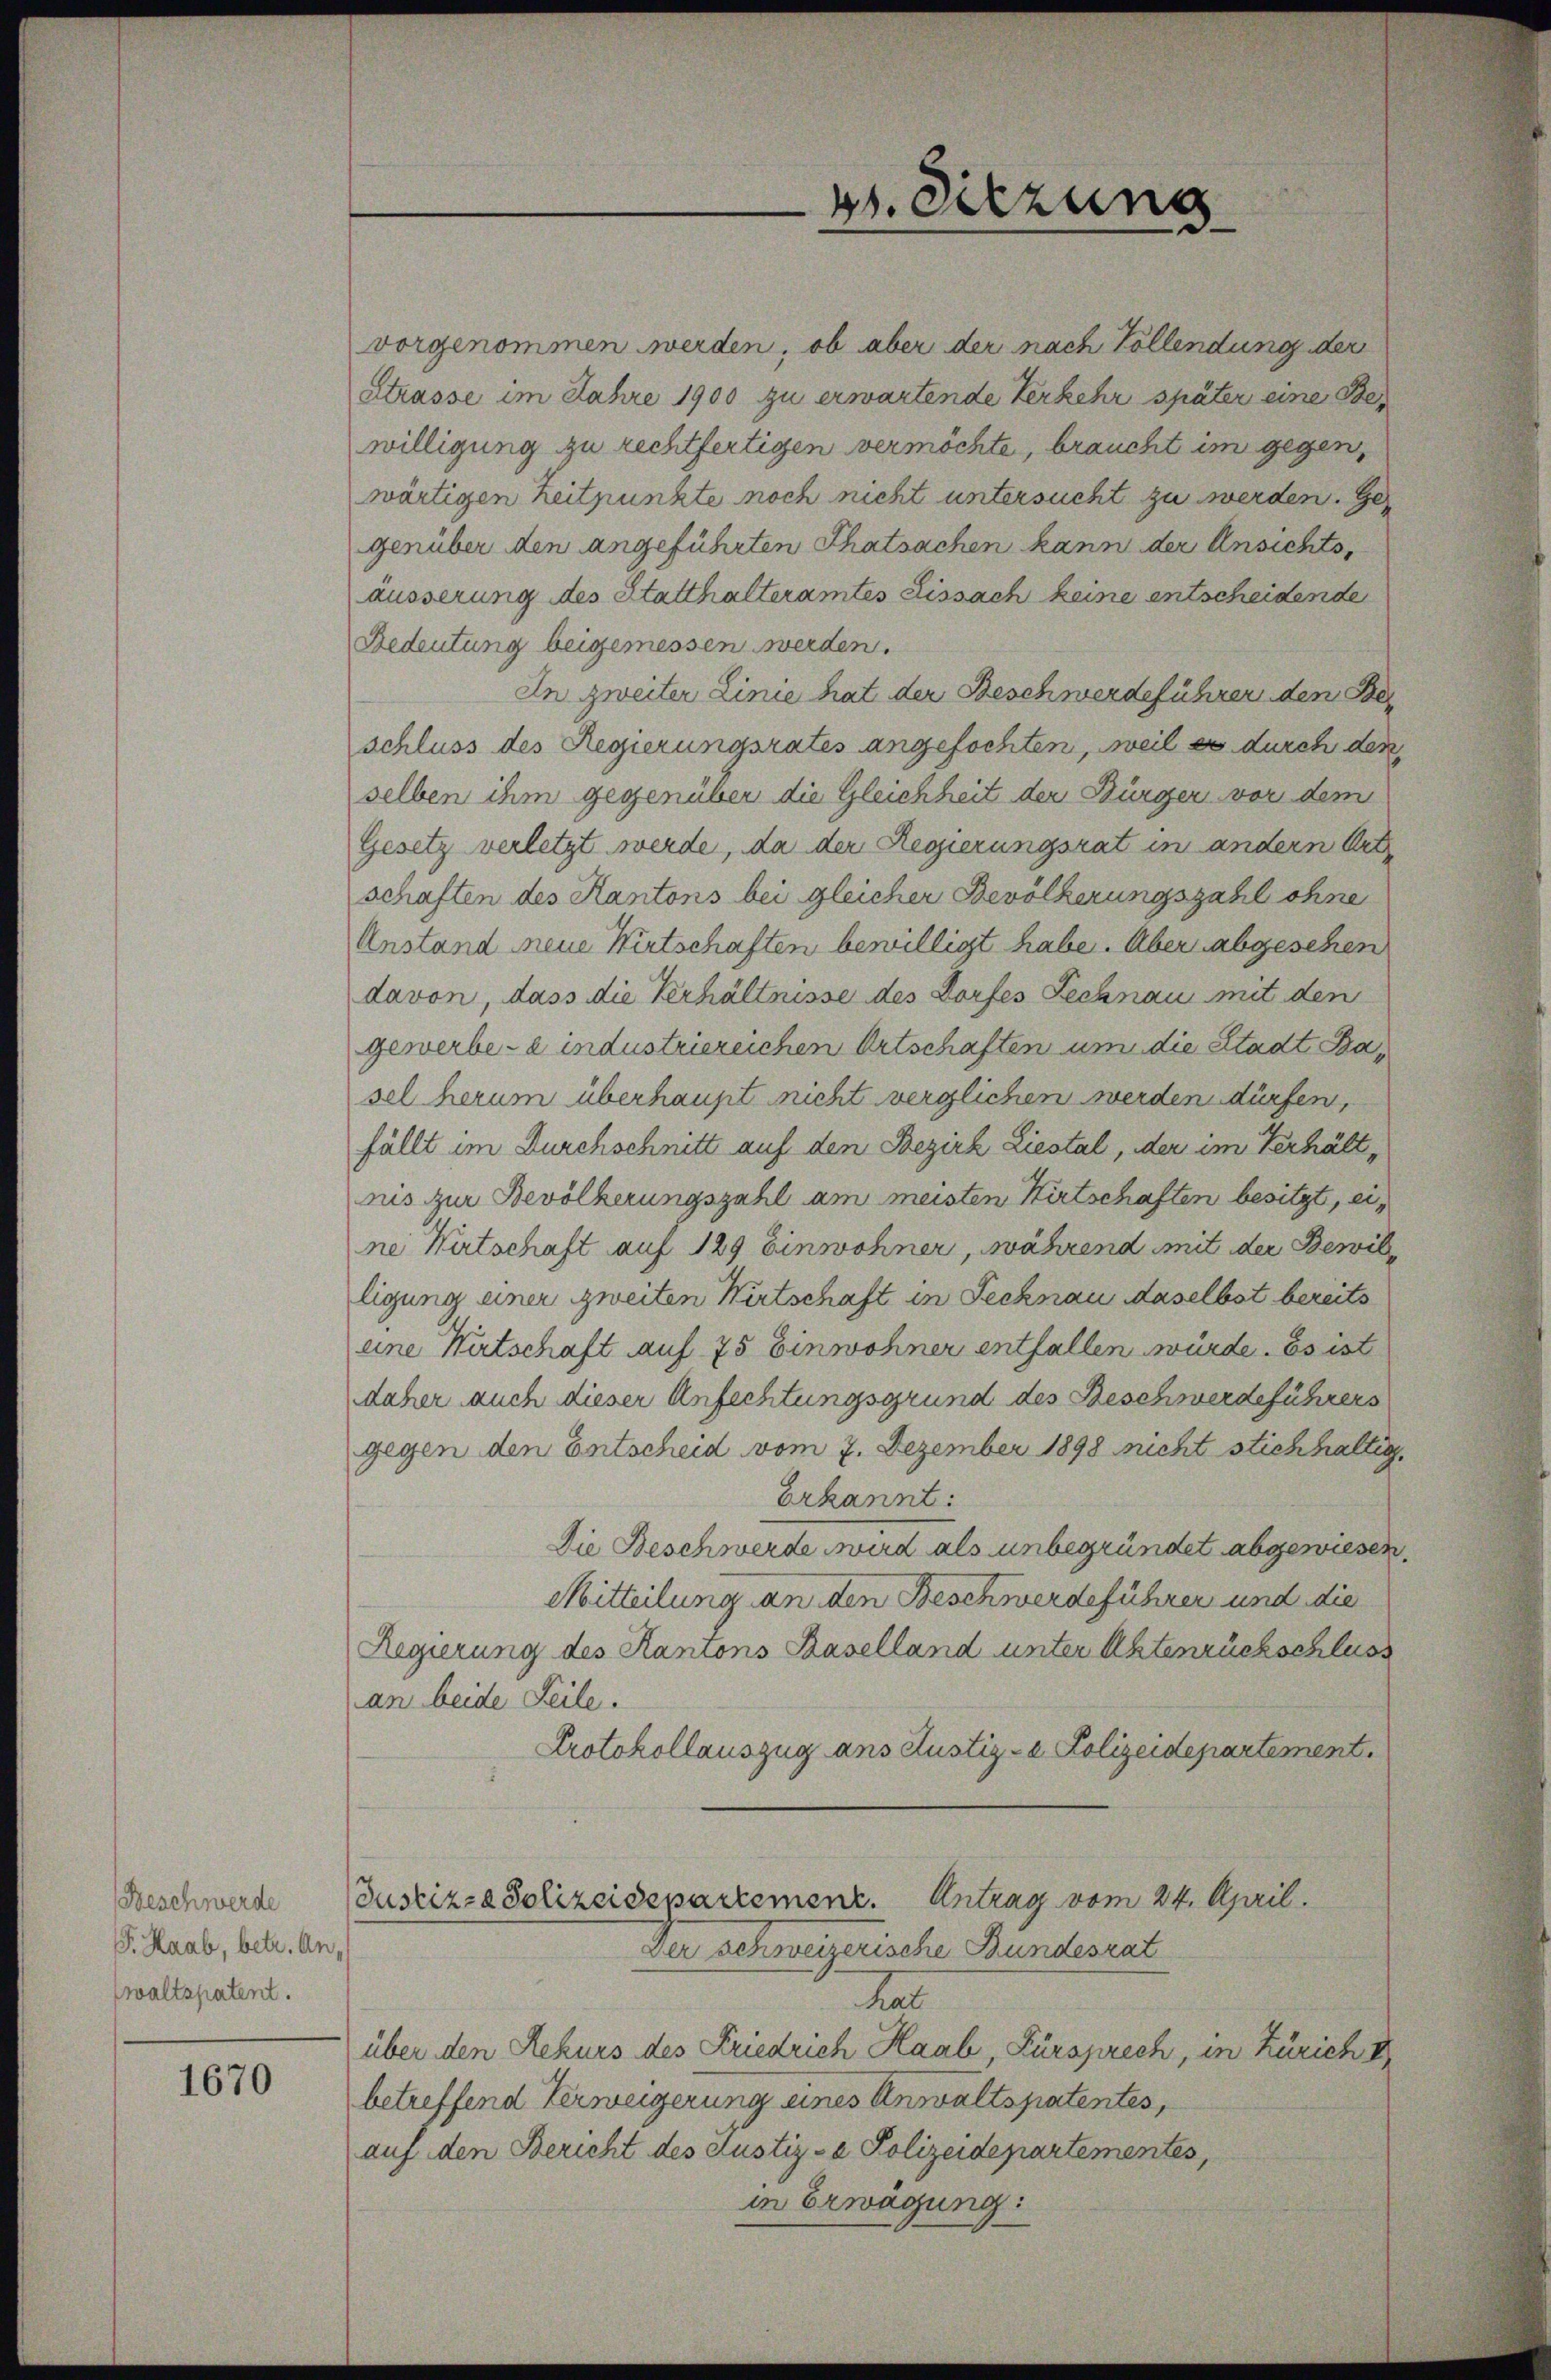
Beschwerde
G. Haab, betr. Anwaltspatent.

1670

vorgenommen werden, ob aber der nach Vollendung der
Strasse im Jahre 1900 zu erwartende Verkehr später eine Bewilligung zu rechtfertigen vermöchte, braucht im gegen,
wärtigen Zeitpunkte noch nicht untersucht zu werden. Ges
genüber den angeführten Thatsachen kann der Ansichtsäusserung des Statthalteramtes Lissach keine entscheidende
Bedeutung beigemessen werden.
In zweiter Linie hat der Beschwerdeführer den Be
schluss des Regierungsrates angefochten, weil es durch den
selben ihm gegenüber die Gleichheit der Bürger vor dem
Gesetz verletzt werde, da der Regierungsrat in andern Ort
schaften des Kantons bei gleicher Bevölkerungszahl ohne
Anstand neue Wirtschaften bewilligt habe. Aber abgesehen
davon, dass die Verhältnisse des Dorfes Technau mit den
gewerbe- e industriereichen Ortschaften um die Stadt Basel herum überhaupt nicht verglichen werden dürfen,
fällt im Durchschnitt auf den Bezirk Liestal, der im Verhältrus zur Bevölkerungszahl am meisten Kirtschaften besitzt, eine Wirtschaft auf 129 Einwohner, während mit der Bewilligung einer zweiten Wirtschaft in Tecknau daselbst bereits
eine Wirtschaft auf 75 Einwohner entfallen wurde. Es ist
daher auch dieser Anfechtungsgrund des Beschwerdeführers
gegen den Entscheid vom 7. Dezember 1898 nicht stichhaltig
Erkannt:
Die Beschwerde wird als unbegründet abgewiesen.
Mitteilung an den Beschwerdeführer und die
Regierung des Kantons Baselland unter Aktenrückschluss
an beide Teile.
Protokollauszug ans Justiz- & Polizeidepartement.
Justiz- & Polizeidepartemenz. Antrag vom 24. April.
Der schweizerische Bundesrat
de
über den Rekurs des Friedrich Haab, Fürsprech, in Zürich
betreffend Verweigerung eines Anwaltspatentes,
auf den Bericht des Justiz- & Polizeidepartementes,
in Erwägung:

g. Sitzung